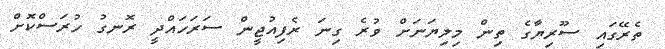
ތެރޭގައި ސޫރިޔާގެ ތިން މިލިޔަނަށް ވުރެ ގިނަ ރެފިއުޖީން ސަރަހައްދީ ރޮނގު ހުރަސްކޮށް